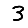
Digit: 3